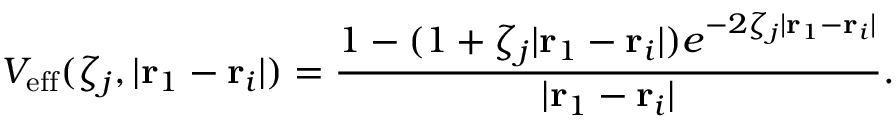
V _ { \mathrm { e f f } } ( \zeta _ { j } , | \mathbf { r } _ { 1 } - \mathbf { r } _ { i } | ) = \frac { 1 - ( 1 + \zeta _ { j } | \mathbf { r } _ { 1 } - \mathbf { r } _ { i } | ) e ^ { - 2 \zeta _ { j } | \mathbf { r } _ { 1 } - \mathbf { r } _ { i } | } } { | \mathbf { r } _ { 1 } - \mathbf { r } _ { i } | } .